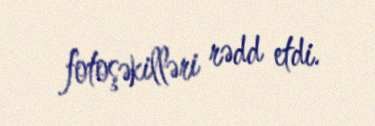
fotoşəkilləri rədd etdi.